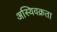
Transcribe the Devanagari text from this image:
अस्थिवक्रता